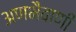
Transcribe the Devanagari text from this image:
अणभैवाणी